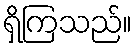
ရှိကြသည်။